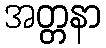
အတ္တနာ